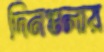
দিনগুলায়